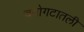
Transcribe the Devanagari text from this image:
वयोगटातली